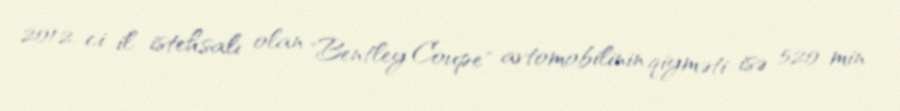
2012-ci il istehsalı olan "Bentley Coupe" avtomobilinin qiyməti isə 520 min